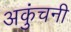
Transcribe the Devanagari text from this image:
अकुंचनी